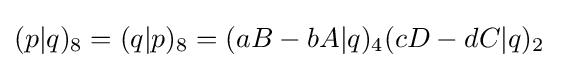
(p|q)_{8}=(q|p)_{8}=(aB-bA|q)_{4}(cD-dC|q)_{2}\